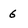
Character: 6